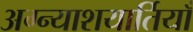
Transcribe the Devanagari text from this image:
अग्न्याशयार्तियाँ